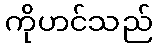
ကိုဟင်သည်